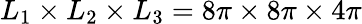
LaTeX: L_{1}\times L_{2}\times L_{3}=8\pi\times 8\pi\times 4\pi